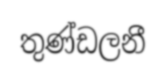
තුණ්ඩලනී